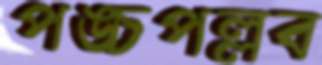
পঙ্চপল্লব